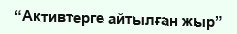
“Активтерге айтылған жыр”